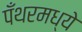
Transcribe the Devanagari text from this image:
पँथरमध्ये